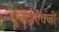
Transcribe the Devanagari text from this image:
धुक्याऐवजी